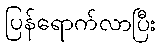
ပြန်ရောက်လာပြီး